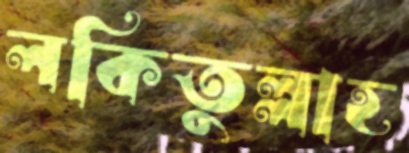
লকিতুল্লাহ